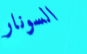
السونار